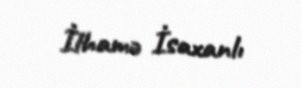
İlhamə İsaxanlı